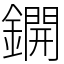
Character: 鐦